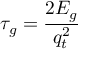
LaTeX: \tau _ { g } = \frac { 2 E _ { g } } { q _ { t } ^ { 2 } }